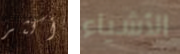
أكثر الأشياء